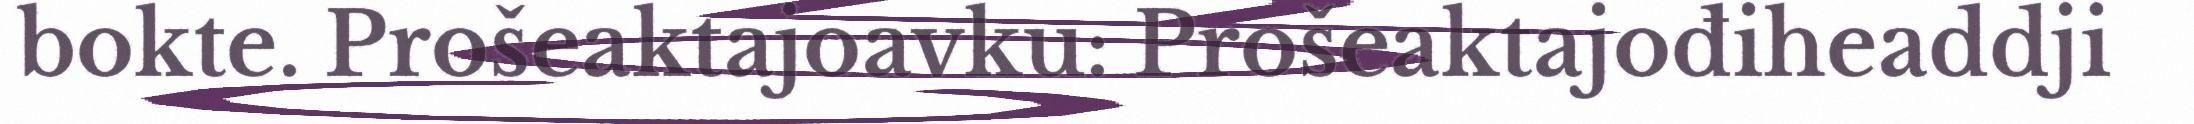
bokte. Prošeaktajoavku: Prošeaktajođiheaddji